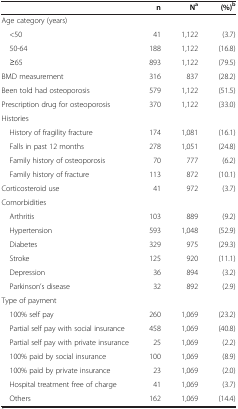
|  | n | Na | (%)b |
 | --- | --- | --- | --- |
 | Age category (years) |  |  |  |
 | <50 | 41 | 1,122 | (3.7) |
 | 50-64 | 188 | 1,122 | (16.8) |
 | ≥65 | 893 | 1,122 | (79.5) |
 | BMD measurement | 316 | 837 | (28.2) |
 | Been told had osteoporosis | 579 | 1,122 | (51.5) |
 | Prescription drug for osteoporosis | 370 | 1,122 | (33.0) |
 | Histories |  |  |  |
 | History of fragility fracture | 174 | 1,081 | (16.1) |
 | Falls in past 12 months | 278 | 1,051 | (24.8) |
 | Family history of osteoporosis | 70 | 777 | (6.2) |
 | Family history of fracture | 113 | 872 | (10.1) |
 | Corticosteroid use | 41 | 972 | (3.7) |
 | Comorbidities |  |  |  |
 | Arthritis | 103 | 889 | (9.2) |
 | Hypertension | 593 | 1,048 | (52.9) |
 | Diabetes | 329 | 975 | (29.3) |
 | Stroke | 125 | 920 | (11.1) |
 | Depression | 36 | 894 | (3.2) |
 | Parkinson’s disease | 32 | 892 | (2.9) |
 | Type of payment |  |  |  |
 | 100% self pay | 260 | 1,069 | (23.2) |
 | Partial self pay with social insurance | 458 | 1,069 | (40.8) |
 | Partial self pay with private insurance | 25 | 1,069 | (2.2) |
 | 100% paid by social insurance | 100 | 1,069 | (8.9) |
 | 100% paid by private insurance | 23 | 1,069 | (2.0) |
 | Hospital treatment free of charge | 41 | 1,069 | (3.7) |
 | Others | 162 | 1,069 | (14.4) |